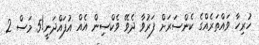
ހުރިހާ ވައްތަރެއްގެ ކެންސަރަށް ފަރުވާ ދެވޭ ވެކްސިން އެއް އުފައްދަނީ!5 މަސް 2